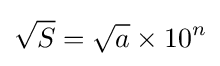
{\sqrt {S}}={\sqrt {a}}\times 10^{n}